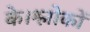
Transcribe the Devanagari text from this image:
के।श्लोकों